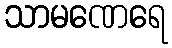
သာမဏေရေ